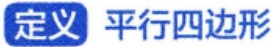
定义 平行四边形